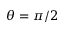
\theta = \pi / 2